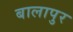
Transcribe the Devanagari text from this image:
बालापुर